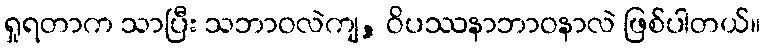
ရှုရတာက သာပြီး သဘာဝလဲကျ, ဝိပဿနာဘာဝနာလဲ ဖြစ်ပါတယ်။